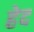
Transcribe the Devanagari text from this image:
हेद